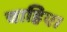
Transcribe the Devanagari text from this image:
चाहिए।